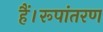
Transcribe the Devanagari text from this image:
हैं।रूपांतरण